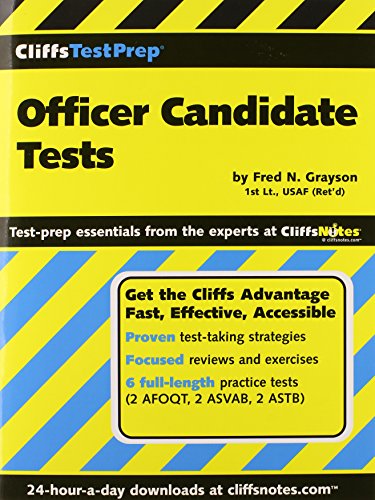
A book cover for CliffsTestPrep Officer Candidate Tests; Fred N Grayson; Test Preparation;